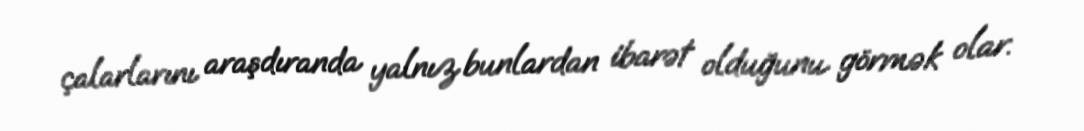
çalarlarını araşdıranda yalnız bunlardan ibarət olduğunu görmək olar.